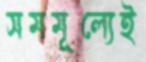
সমমূল্যেই